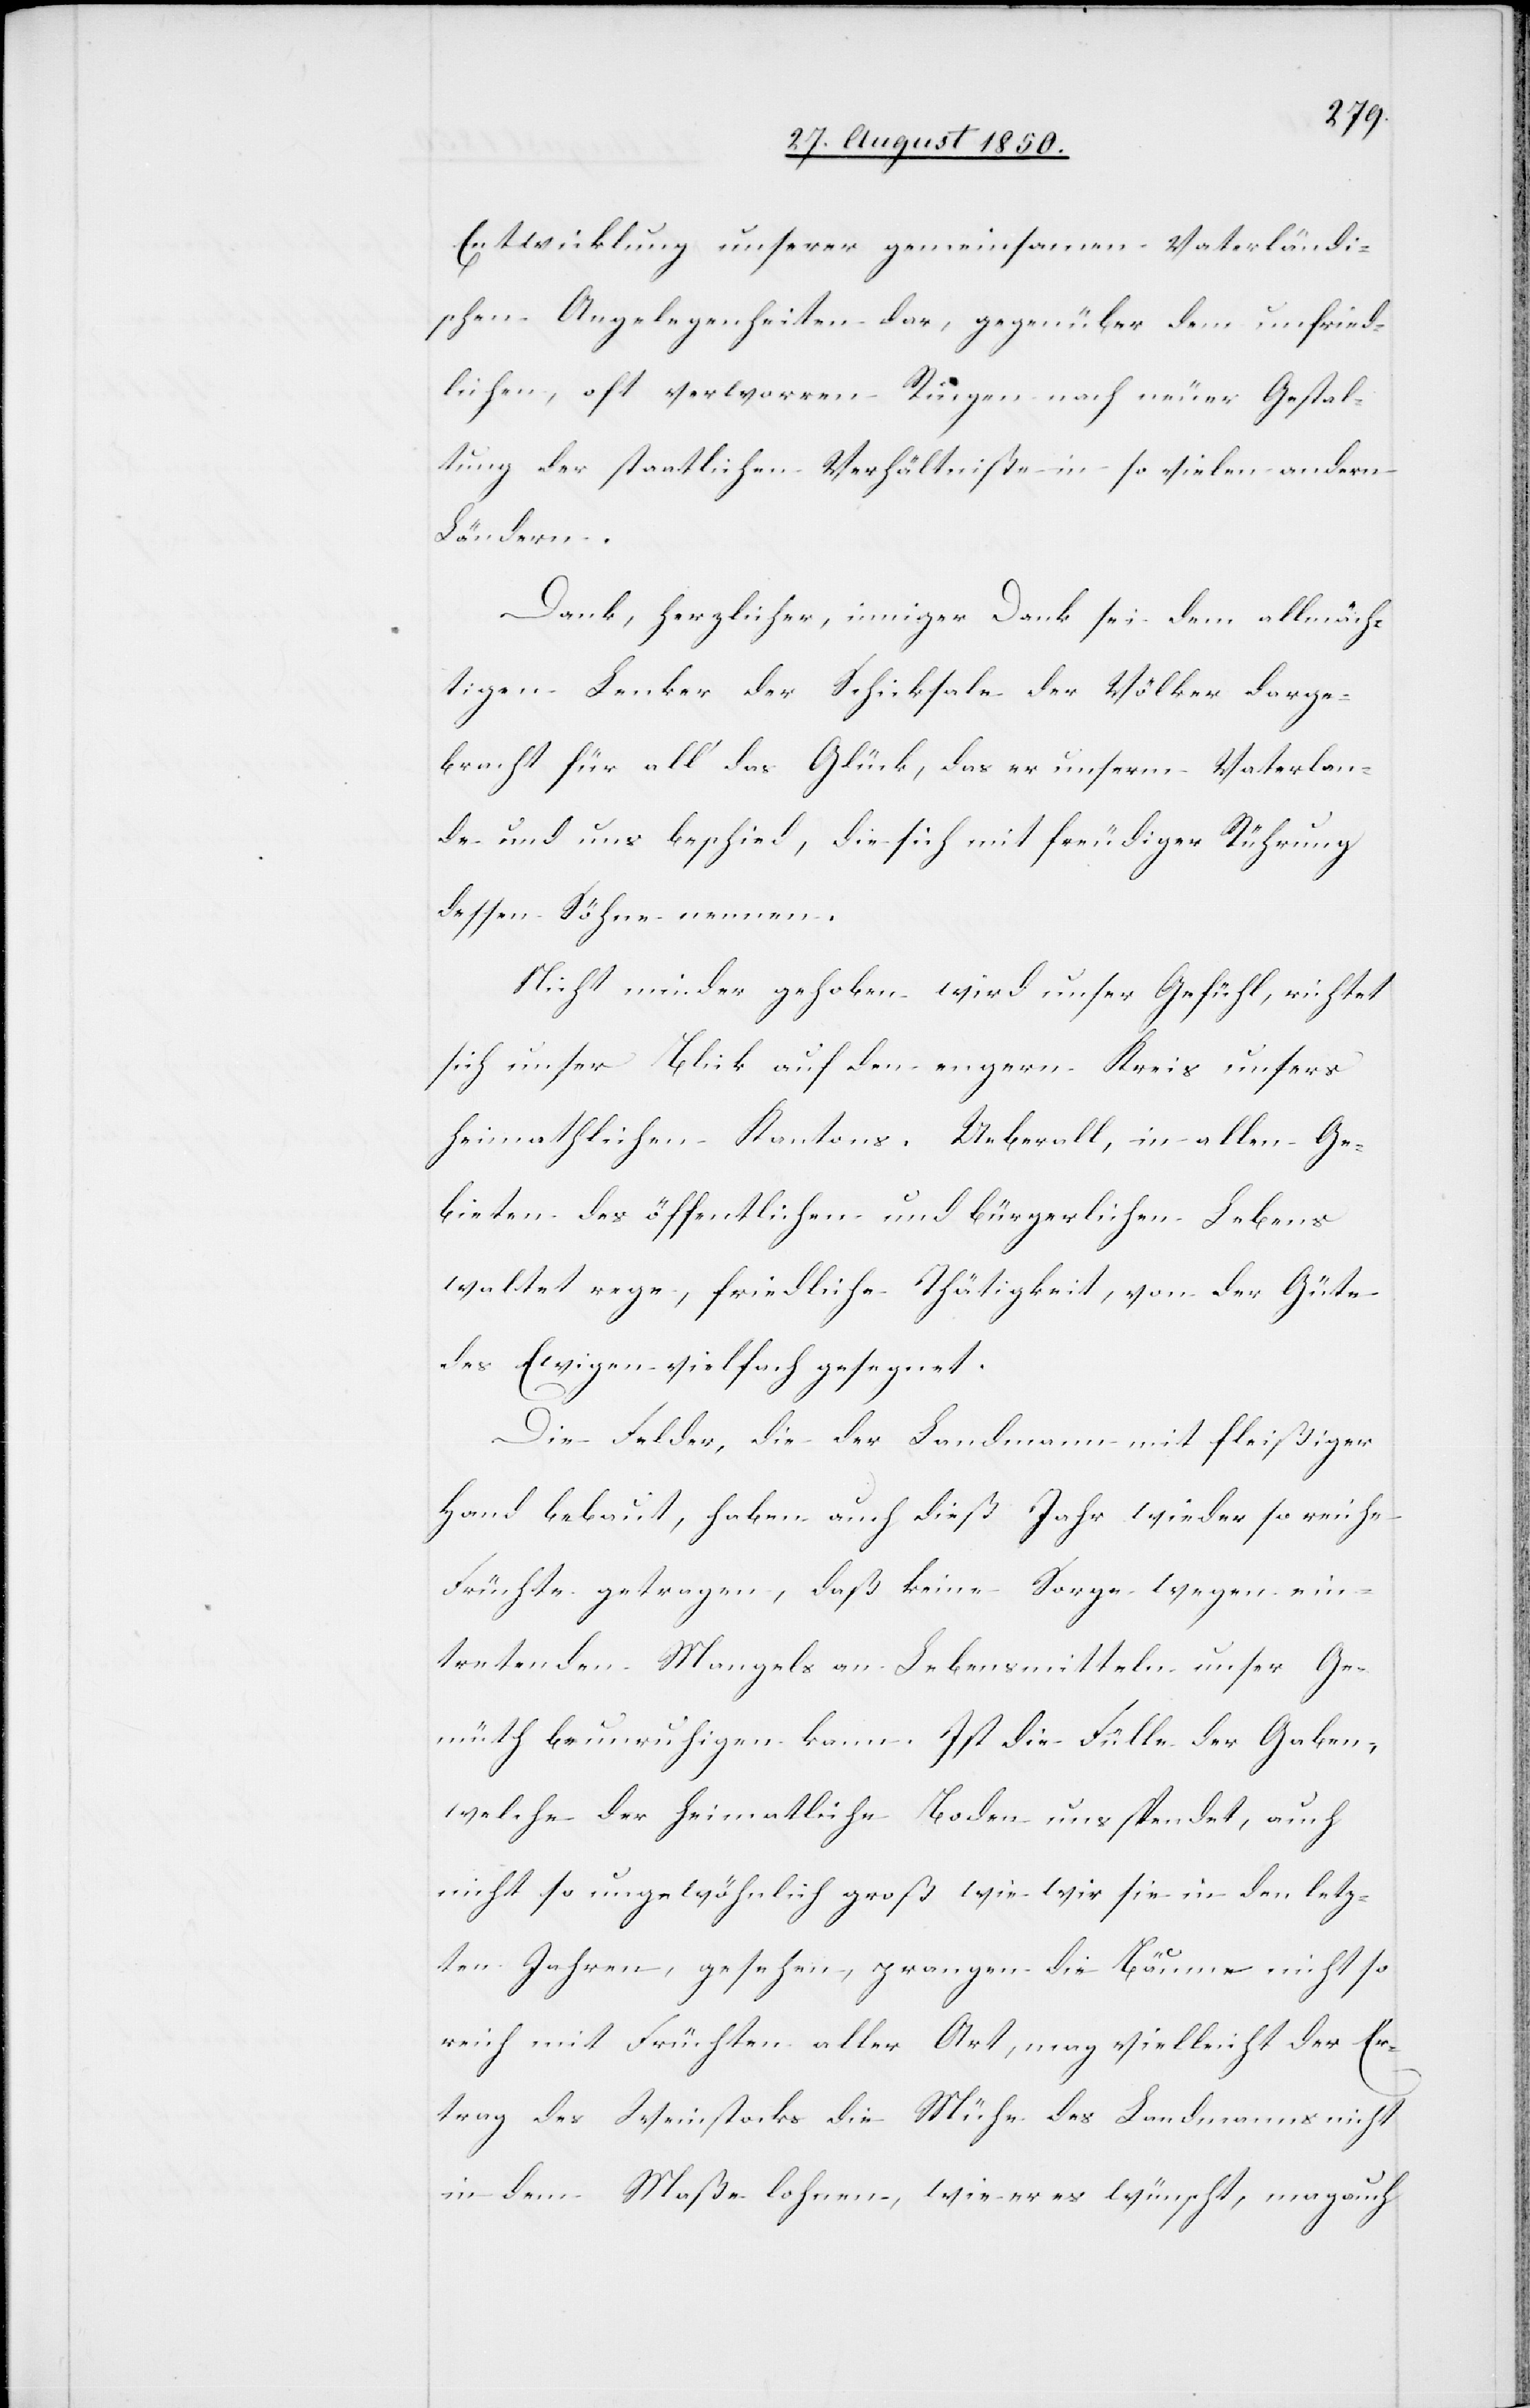
Entwicklung unserer gemeinsamen Vaterländi¬
schen Angelegenheiten dar, gegenüber dem unfried¬
lichen, oft verworren Ringen nach neuer Gestal¬
tung der stattlichen Verhältniße in so vielen andern
Ländern.
Dank, herzlicher, inniger Dank sei dem allmäch¬
tigen Lenker der Schicksale der Völker darge¬
bracht für all‘ das Glück, das er unserm Vaterlan¬
de und uns beschied, die sich mit freudiger Rührung
dessen Söhne nennen.
Nicht minder gehoben wird unser Gefühl, richtet
sich unser Blick auf den engern Kreis unsers
heimathlichen Kantons, Ueberall, in allen Ge¬
bieten des öffentlichen und bürgerlichen Lebens
waltet rege, friedliche Thätigkeit, von der Güte
des Ewigen vielfach gesegnet.
Die Felder, die der Landmann mit fleißiger
Hand bebaut, haben auch dieß Jahr wieder so reiche
Früchte getragen, daß keine Sorge wegen ein¬
tretenden Mangels an Lebensmitteln unser Ge¬
müth beunruhigen kann. Ist die Fülle der Gaben,
welche der heimatliche Boden uns spendet, auch
nicht so ungewöhnlich groß wie wir sie in den letz¬
ten Jahren, gesehen, prangen die Bäume nicht so
reich mit Früchten aller Art, mag vielleicht der Er¬
trag des Weinstocks die Mühe des Landmanns nicht
in dem Maße lohnen, wie er es wünscht, mag auch